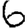
Digit: 6